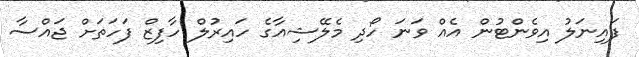
ފައިނަލު އިވެންޓުން އެއް ވަނަ ހޯދި މެލޭޝިއާގެ ހައިރުލް ހާފިޒް ފަހަތަށް ޖައްސާ